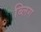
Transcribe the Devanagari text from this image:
ब्लिग